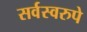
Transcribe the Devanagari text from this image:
सर्वस्वरुपे